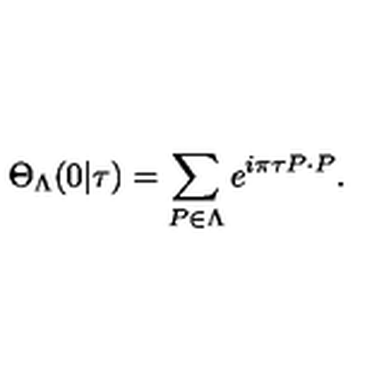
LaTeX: \Theta _ { \Lambda } ( 0 | \tau ) = \sum _ { P \in \Lambda } e ^ { i \pi \tau P \cdot P } .